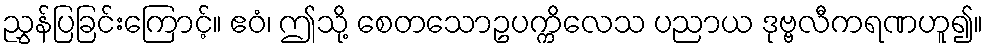
ညွှန်ပြခြင်းကြောင့်။ ဧဝံ၊ ဤသို့ စေတသောဥပက္ကိလေသ ပညာယ ဒုဗ္ဗလီကရဏဟူ၍။